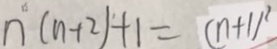
n ( n + 2 ) + 1 = ( n + 1 ) ^ { 2 }